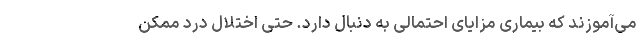
می‌آموزند که بیماری مزایای احتمالی به دنبال دارد. حتی اختلال درد ممکن